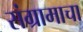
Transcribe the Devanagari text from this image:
संग्रामाचा